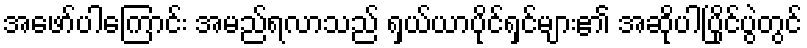
အဖော်ပါကြောင်း အမည်ရလာသည် ရှယ်ယာပိုင်ရှင်များ၏ အဆိုပါပြိုင်ပွဲတွင်